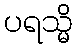
ပရသ္မိ